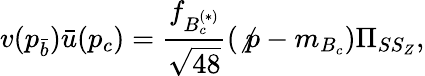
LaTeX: v(p_{\bar{b}})\bar{u}(p_{c})=\frac{f_{B_{c}^{(*)}}}{\sqrt{48}}(\not{p}-m_{B_{c}})\Pi_{SS_{Z}},